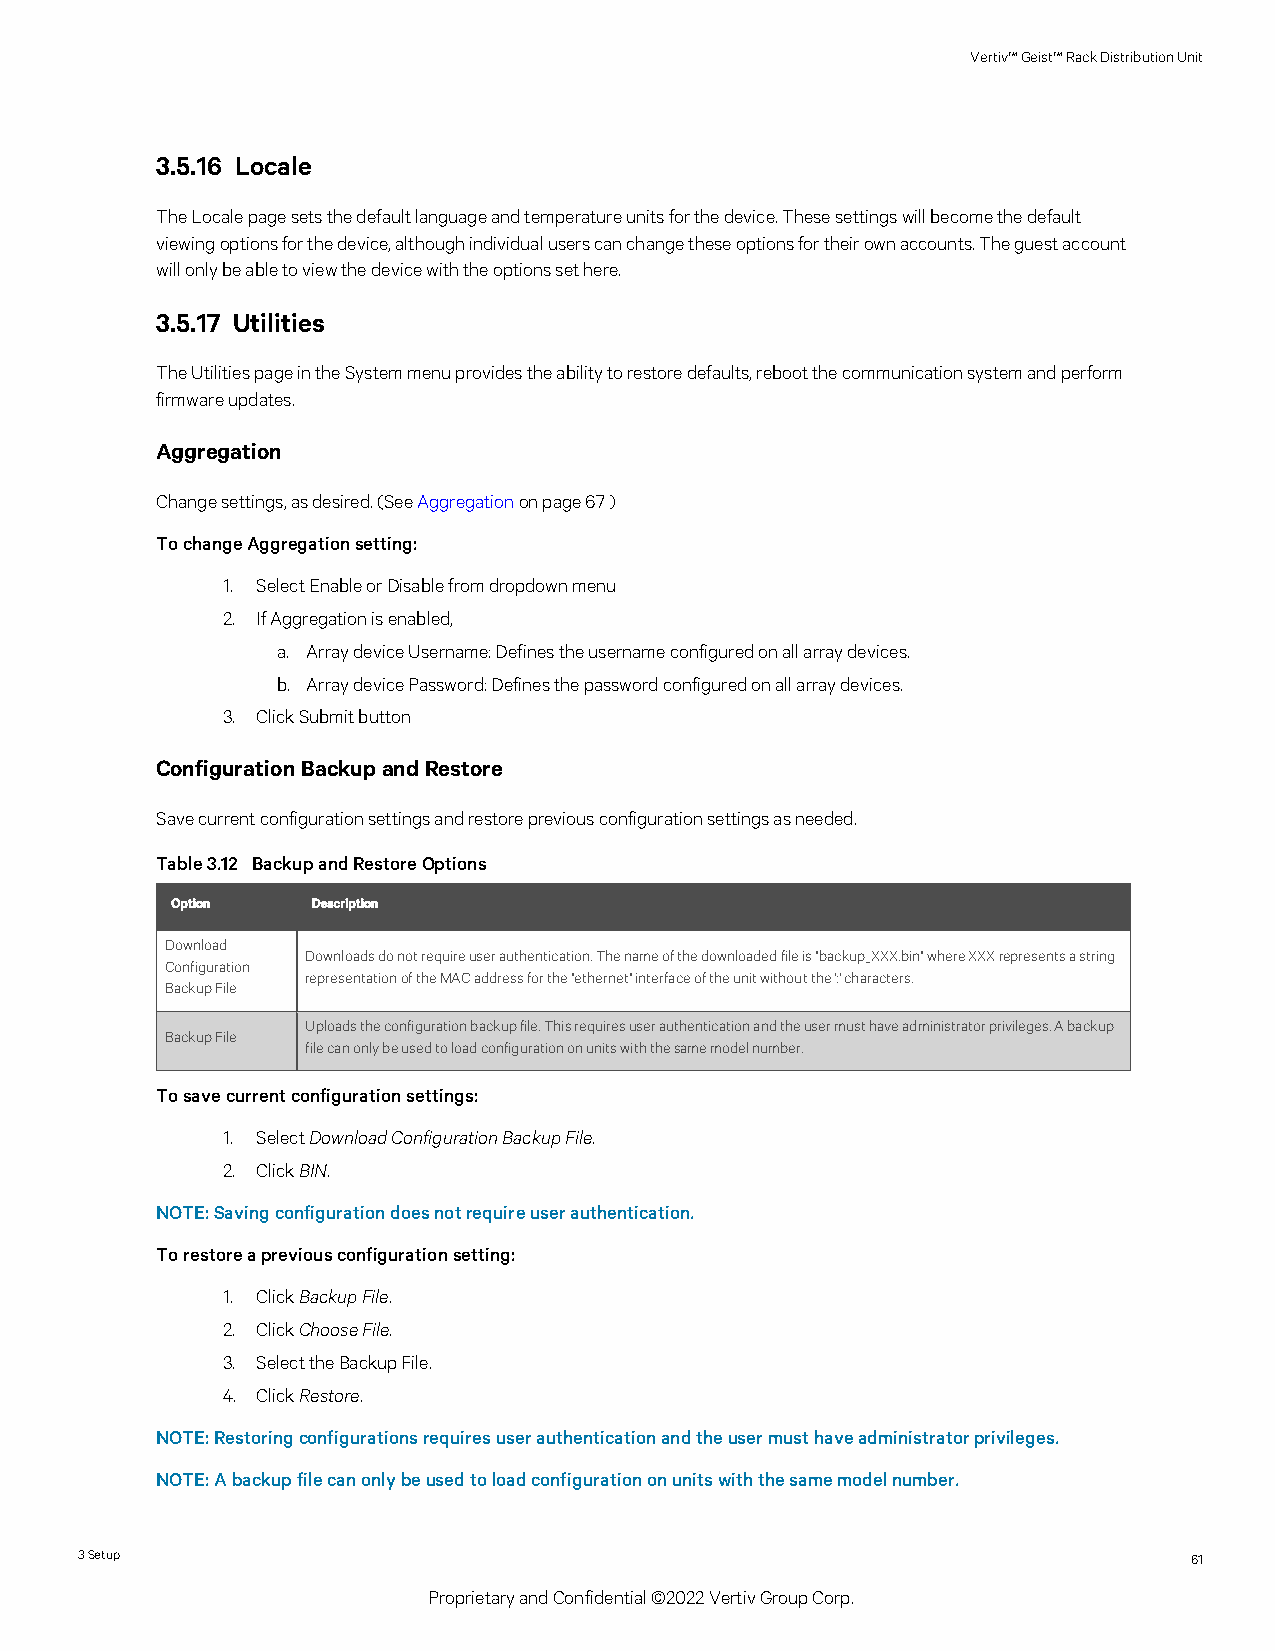
Vertiv™Geist™RackDistributionUnit
 3.5.16 Locale
 TheLocalepagesetsthedefaultlanguageandtemperatureunitsforthedevice.Thesesettingswillbecomethedefault
 viewingoptionsforthedevice,althoughindividualuserscanchangetheseoptionsfortheirownaccounts.Theguestaccount
 willonlybeabletoviewthedevicewiththeoptionssethere.
 3.5.17 Utilities
 TheUtilitiespageintheSystemmenuprovidestheabilitytorestoredefaults,rebootthecommunicationsystemandperform
 firmwareupdates.
 Aggregation
 Changesettings,asdesired.(SeeAggregationonpage 67)
 TochangeAggregationsetting:
 1. SelectEnableorDisablefromdropdownmenu
 2. IfAggregationisenabled,
 a. ArraydeviceUsername:Definestheusernameconfiguredonallarraydevices.
 b. ArraydevicePassword:Definesthepasswordconfiguredonallarraydevices.
 3. ClickSubmitbutton
 ConfigurationBackupandRestore
 Savecurrentconfigurationsettingsandrestorepreviousconfigurationsettingsasneeded.
 Table3.12 BackupandRestoreOptions
 Option    Description
 Download
 Downloadsdonotrequireuserauthentication.Thenameofthedownloadedfileis"backup_XXX.bin"whereXXXrepresentsastring
 Configuration
 representationoftheMACaddressforthe"ethernet"interfaceoftheunitwithoutthe':'characters.
 BackupFile
 Uploadstheconfigurationbackupfile.Thisrequiresuserauthenticationandtheusermusthaveadministratorprivileges.Abackup
 BackupFile
 filecanonlybeusedtoloadconfigurationonunitswiththesamemodelnumber.
 Tosavecurrentconfigurationsettings:
 1. SelectDownloadConfigurationBackupFile.
 2. ClickBIN.
 NOTE:Savingconfigurationdoesnotrequireuserauthentication.
 Torestoreapreviousconfigurationsetting:
 1. ClickBackupFile.
 2. ClickChooseFile.
 3. SelecttheBackupFile.
 4. ClickRestore.
 NOTE:Restoringconfigurationsrequiresuserauthenticationandtheusermusthaveadministratorprivileges.
 NOTE:Abackupfilecanonlybeusedtoloadconfigurationonunitswiththesamemodelnumber.
 3Setup                                                                    61
 ProprietaryandConfidential©2022VertivGroupCorp.